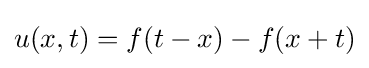
u(x,t)=f(t-x)-f(x+t)